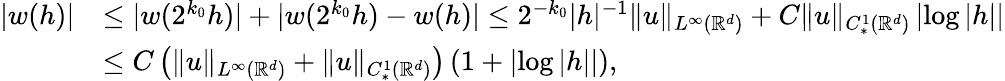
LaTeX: \begin{array}{rl}{|w(h)|}&{\leq|w(2^{k_{0}}h)|+|w(2^{k_{0}}h)-w(h)|\leq 2^{-k_{0}}|h|^{-1}\| u\| _{L^{\infty}(\mathbb R^{d})}+C\| u\| _{C_{*}^{1}(\mathbb R^{d})}\left|\log|h|\right|}\\ &{\leq C\left(\| u\| _{L^{\infty}(\mathbb R^{d})}+\| u\| _{C_{*}^{1}(\mathbb R^{d})}\right)\left(1+\left|\log|h|\right|\right),}\end{array}